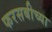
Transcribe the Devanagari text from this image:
फरसबीच्या